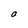
Character: a